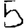
Digit: 5